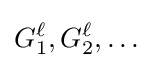
G_{1}^{\ell },G_{2}^{\ell },\ldots